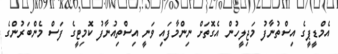
އެމްޑީޕީގެ އިސްތުނާފު މަޖިލީހުން އެގޮތަށް ނިންމާފައި ވަނީ އިސްތިއުނާފު ކޮމިޓީގެ ފަސް މެންބަރުންގެ